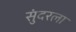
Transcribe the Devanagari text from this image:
सुंदरला